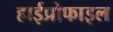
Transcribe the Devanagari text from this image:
हाईप्रोफाइल